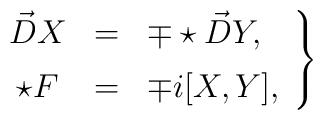
\left. \begin{array}{ccl} \vec D X & = & \mp \star \vec D Y, \\ [0.07in]\star F & = & \mp i [X, Y], \end{array} \right\}